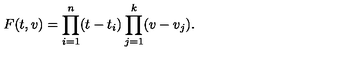
F ( t , v ) = \prod _ { i = 1 } ^ { n } ( t - t _ { i } ) \prod _ { j = 1 } ^ { k } ( v - v _ { j } ) .